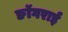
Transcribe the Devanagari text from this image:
ङॉगराई